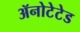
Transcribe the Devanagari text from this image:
ॲनोटेटेड